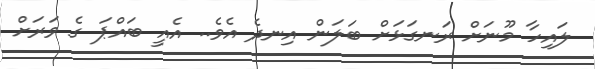
ލައިހާ މޫނަށް ރަނގަޅަށް ބަލަން އިނދެ އެވެ.. އެއީ ބައްޕަ ގެ ވަރަށް